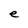
Character: e